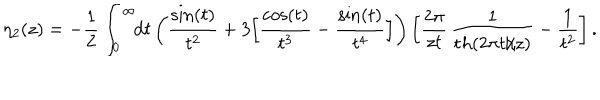
\eta _ { 2 } ( z ) = \mathrm { } - \frac 1 2 \int _ { 0 } ^ { \infty } \! \! { \mathrm { d } } t \left( \frac { \sin ( t ) } { t ^ { 2 } } + 3 \Big [ { \frac { \cos ( t ) } { t ^ { 3 } } } - { \frac { \sin ( t ) } { t ^ { 4 } } } \Big ] \right) \left[ \frac { 2 \pi } { z t } \, \frac { 1 } { { \mathrm t h } ( 2 \pi t / z ) } - \frac { 1 } { t ^ { 2 } } \right] .